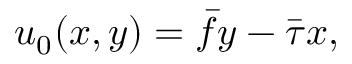
u _ { 0 } ( x , y ) = \bar { f } y - \bar { \tau } x ,